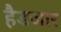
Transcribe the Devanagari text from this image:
हैडजार